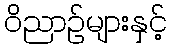
ဝိညာဉ်များနှင့်